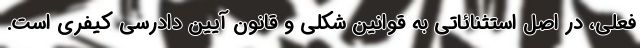
فعلی، در اصل استثنائاتی به قوانین شکلی و قانون آیین دادرسی کیفری است.